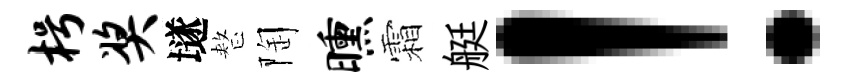
枵奖𡑞整陶曛霜艇！